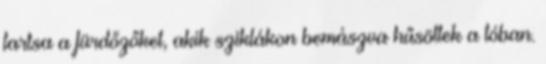
tartsa a fürdőzőket, akik sziklákon bemászva hűsöltek a tóban.